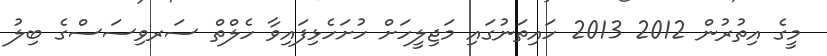
މީގެ އިތުރުން 2012 2013 ހައިތަނުގައި މަޖިލީހަށް ހުށަހެޅިފައިވާ ހެލްތް ސަރވިސަސްގެ ބިލު